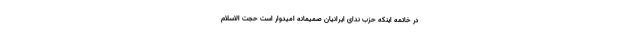
در خاتمه اینکه حزب ندای ایرانیان صمیمانه امیدوار است حجت الاسلام